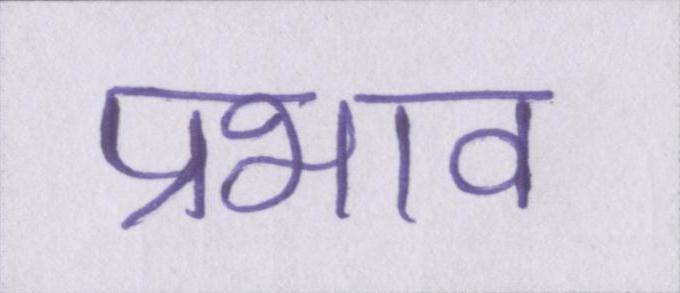
प्रभाव